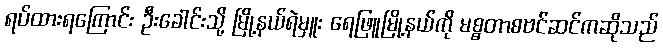
ရပ်ထားရကြောင်း ဦးခေါင်းသို့ မြို့နယ်ရဲမှူး ရေဖြူမြို့နယ်ကို မစ္စတာစဗင်ဆင်ကဆိုသည်